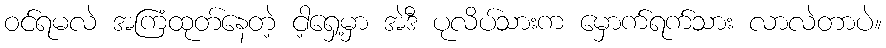
ဝင်ရမလဲ အကြံထုတ်နေတဲ့ ငါ့ရှေ့မှာ အဲဒီ ပုလိပ်သားက မှောက်ရက်သား လာလဲတာပဲ။